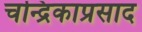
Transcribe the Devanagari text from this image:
चन्द्रिकाप्रसाद